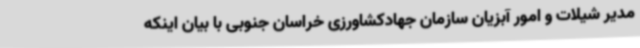
مدیر شیلات و امور آبزیان سازمان جهادکشاورزی خراسان جنوبی با بیان اینکه